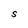
Character: S